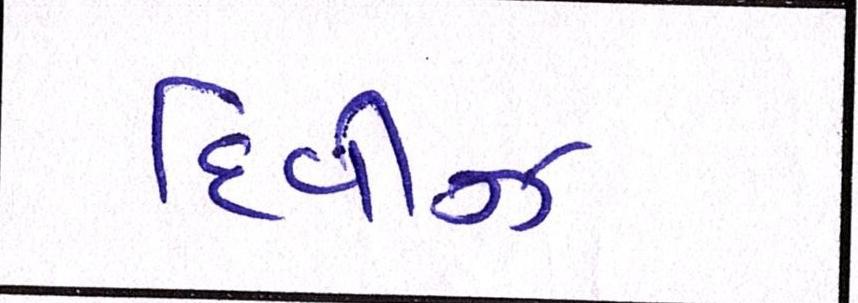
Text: દિવીઝ